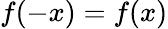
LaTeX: f(-x)=f(x)